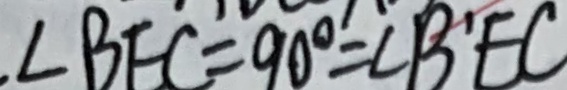
\angle B E C = 9 0 ^ { \circ } = \angle B ^ { \prime } E C